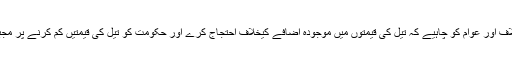
حزب اختلاف اور عوام کو چاہیے کہ تیل کی قیمتوں میں موجودہ اضافے کیخلاف احتجاج کرے اور حکومت کو تیل کی قیمتیں کم کرنے پر مجبور کرے۔